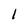
Character: 1